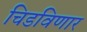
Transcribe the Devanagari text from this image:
चिडविणार